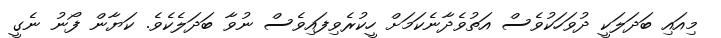
މިއައި ބަދަލަކީ ދުވަހަކުވެސް އަތުވެދާނެކަމަށް ހީކުރެވިފައިވެސް ނުވާ ބަދަލެކެވެ. ކަޔާން ފޯނު ނެގީ